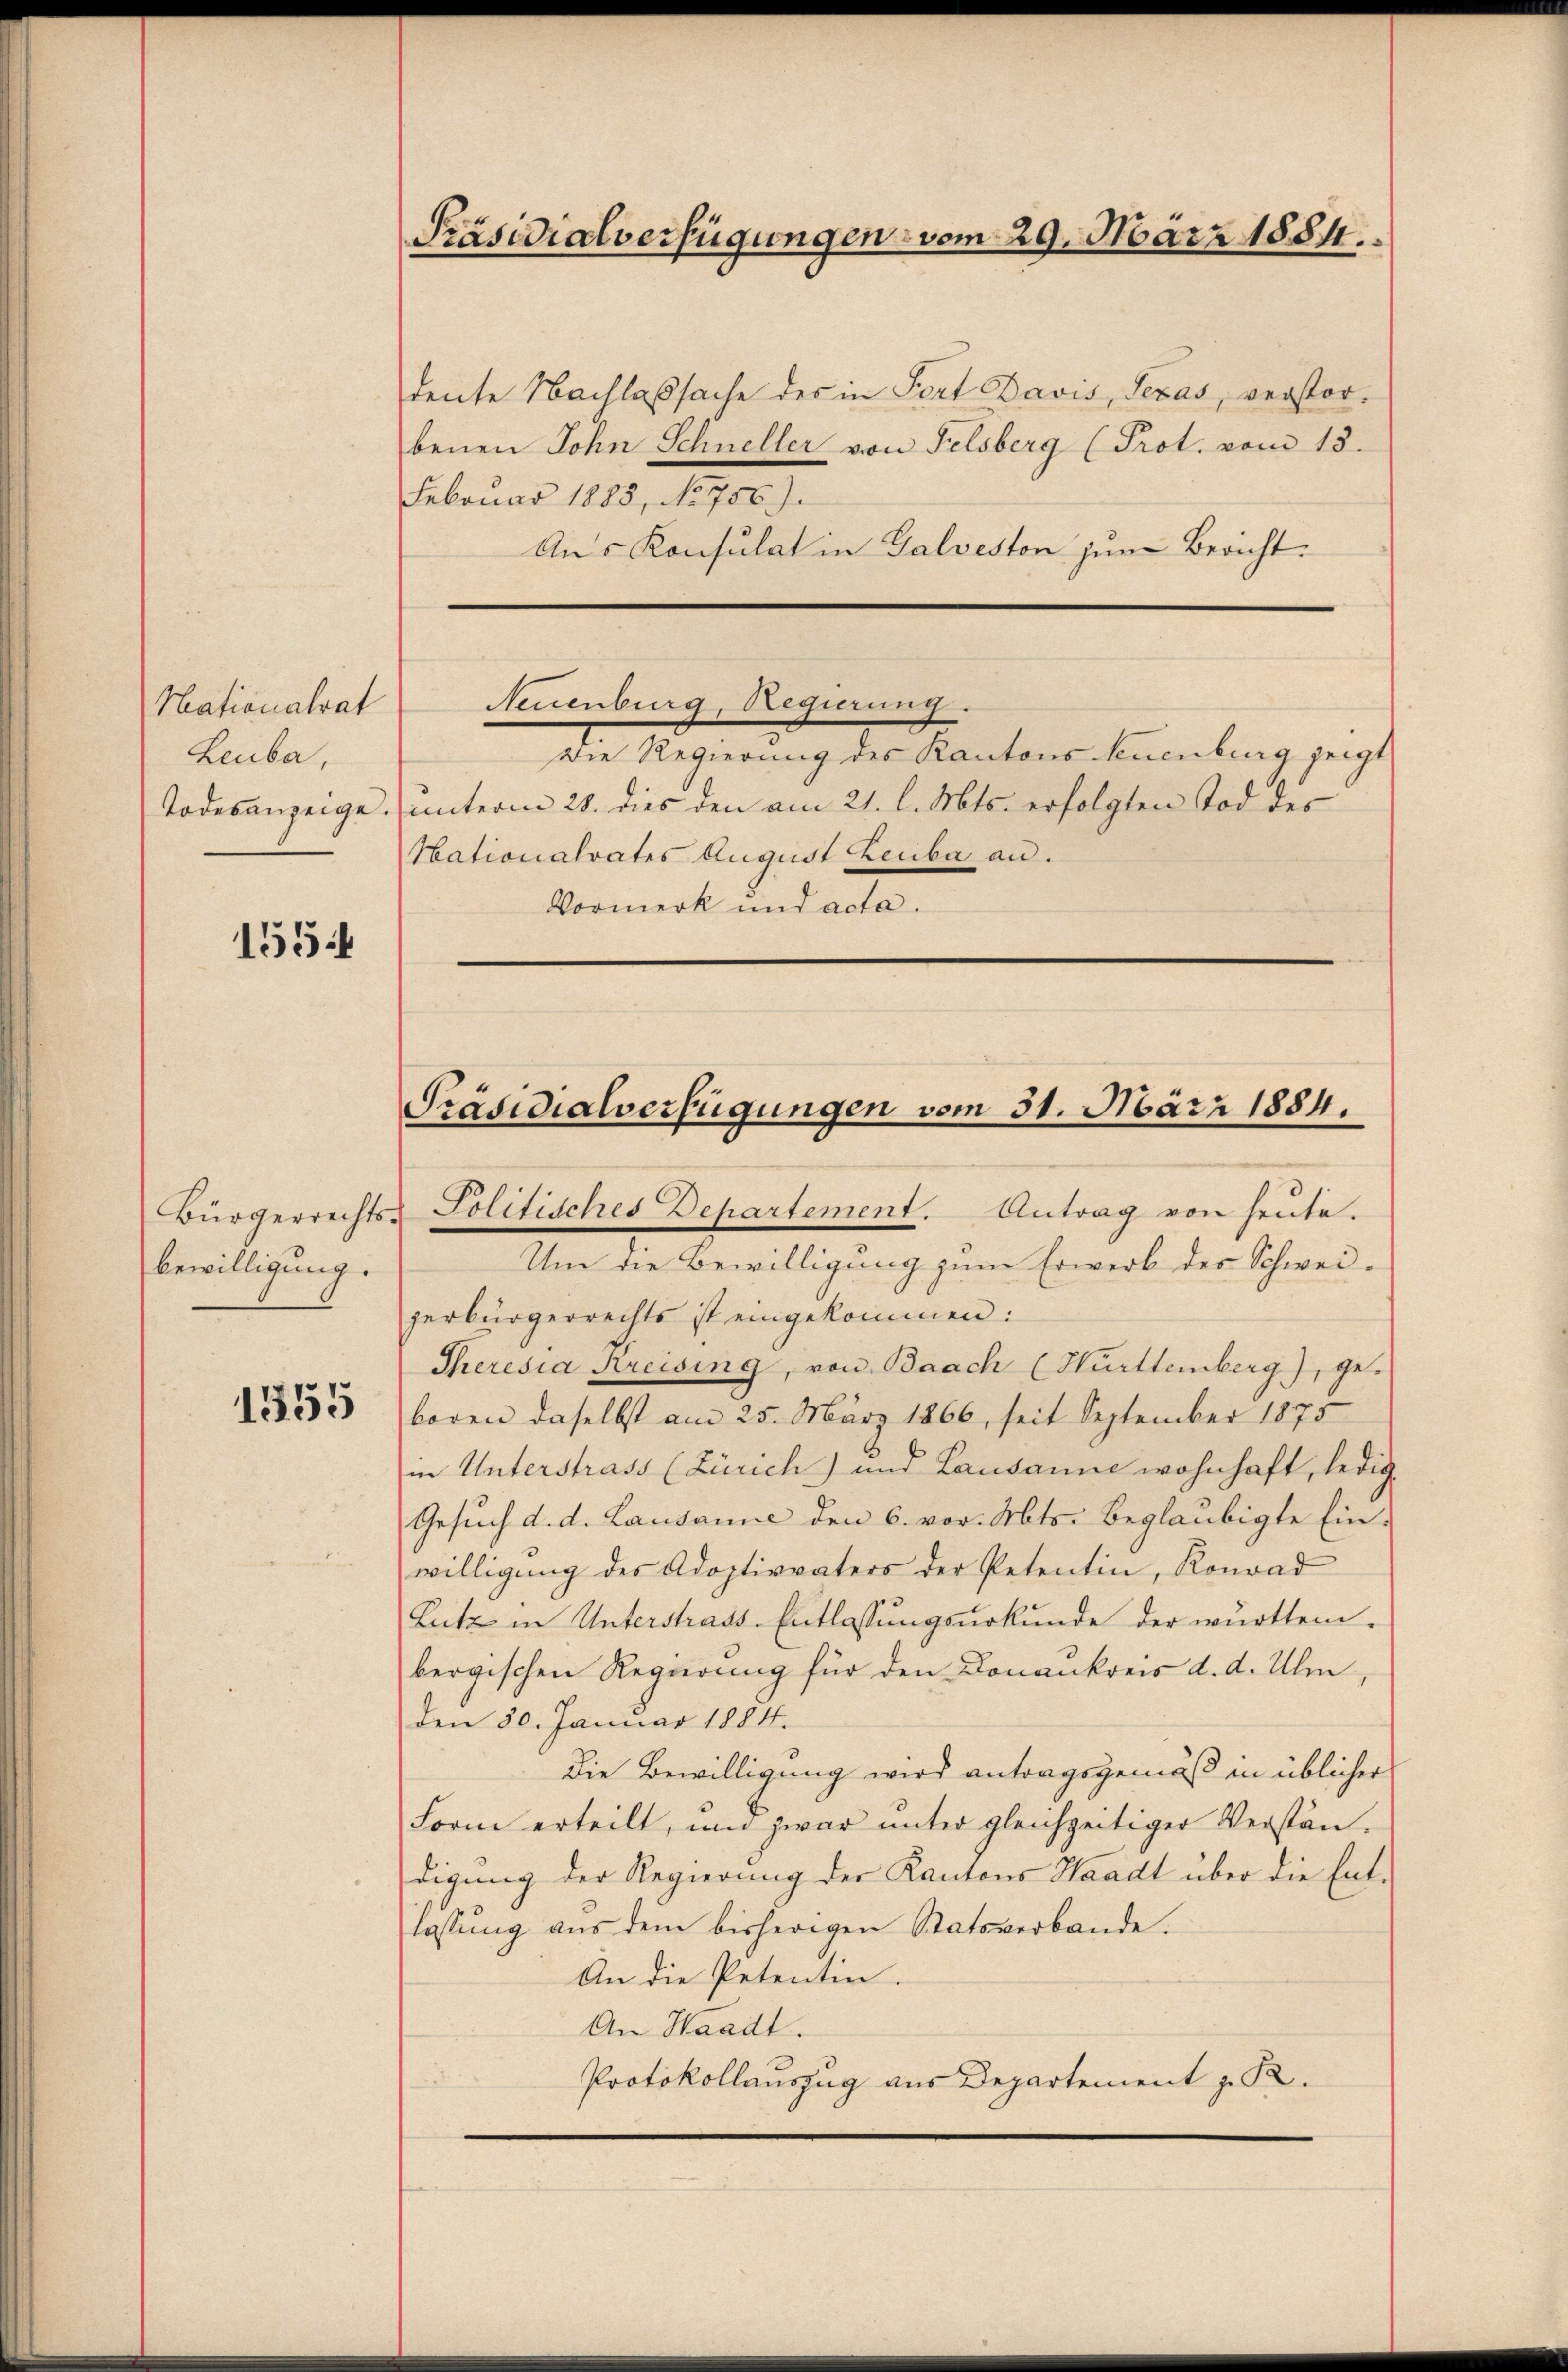
Nationalrat
Leuba,

1554

Bürgerrechts
bewilligung.

1355

deute Nachlaßsache des in Pert Davis, Texas, verstorbenen Sohn Schneller von Felsberg (Prot. vom 13.
Februar 1883, No 756).
Aus Konsulat in Galveston zum Bericht.

Präsidialverfügungen, vom 29. März 1884.

Neuenburg, Regierung.

Nationalrates August Leuba an.
koneck und ante.

Die Regierung des Kantons kuenburg zeigt
Todesanzeige. unterm 28. dies den am 21. l. Mts. erfolgten Tod des

Politisches Departement. Antrag von heute.

Präsidialverfügungen vom 31. März 1884.

Um die Bewilligung zum Erwerb des Schweizerbürgerrechts ist eingekommen:
Theresia Kreising, von Baach (Hürttemberg), ge-
boren daselbst am 25. März 1866, seit September 1875
in Unterstrass (Zürich) und Lausanne wohnhaft, ledig-
Gesuch d. d. Lausanne den 6. vor. Mts. beglaubigte Ein-
willigung des Adoptivvaters der Petentin, Konrad
Lutz in Unterstrats-Entlassungsurkunde der württem-
bergischen Regierung für den Donaukreis d. d. Ulm,
den 30. Januar 1884.
Die Bewilligung wird antragsgemäß in üblicher
Form erteilt, um zwar unter gleichzeitiger Verständigung der Regierung der Kantons Waadt über die Entlassung aus dem bisherigen Statsverbande.
An die Petentin.
An Waadt.
Protokollauszug aus Departement z. B.